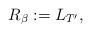
LaTeX: \begin{align*}R_{\beta}:=L_{T'},\end{align*}